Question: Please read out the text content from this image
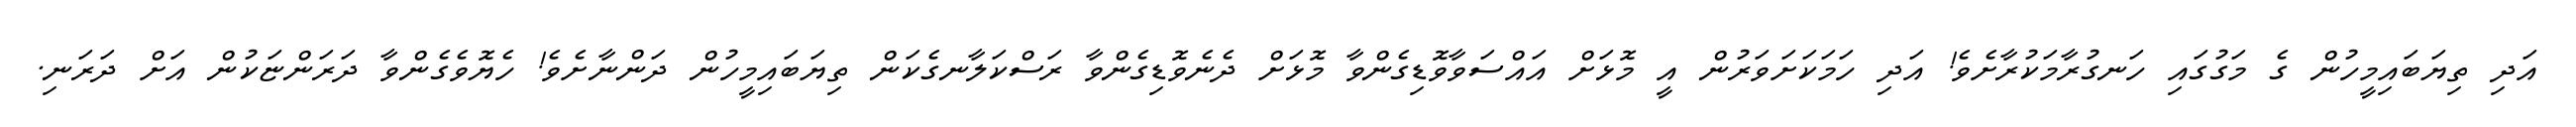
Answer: އަދި ތިޔަބައިމީހުން ގެ މަގުގައި ހަނގުރާމަކުރާށެވެ! އަދި ހަމަކަށަވަރުން އީ މޮޅަށް އައްސަވާވޮޑިގެންވާ މޮޅަށް ދެނެވޮޑިގެންވާ ރަސްކަލާނގެކަން ތިޔަބައިމީހުން ދަންނާށެވެ! ހެޔޮވެގެންވާ ދަރަންޏަކުން އަށް ދަރަނި.